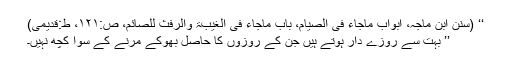
‘‘ (سنن ابن ماجہ، ابواب ماجاء فی الصیام، باب ماجاء فی الغیبۃ والرفث للصائم، ص:۱۲۱، ط:قدیمی)
’’ بہت سے روزے دار ہوتے ہیں جن کے روزوں کا حاصل بھوکے مرنے کے سوا کچھ نہیں۔